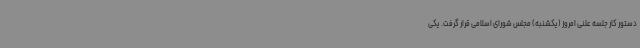
دستور کار جلسه علنی امروز (یکشنبه) مجلس شورای اسلامی قرار گرفت. یکی